Annual report on the health of the army in India
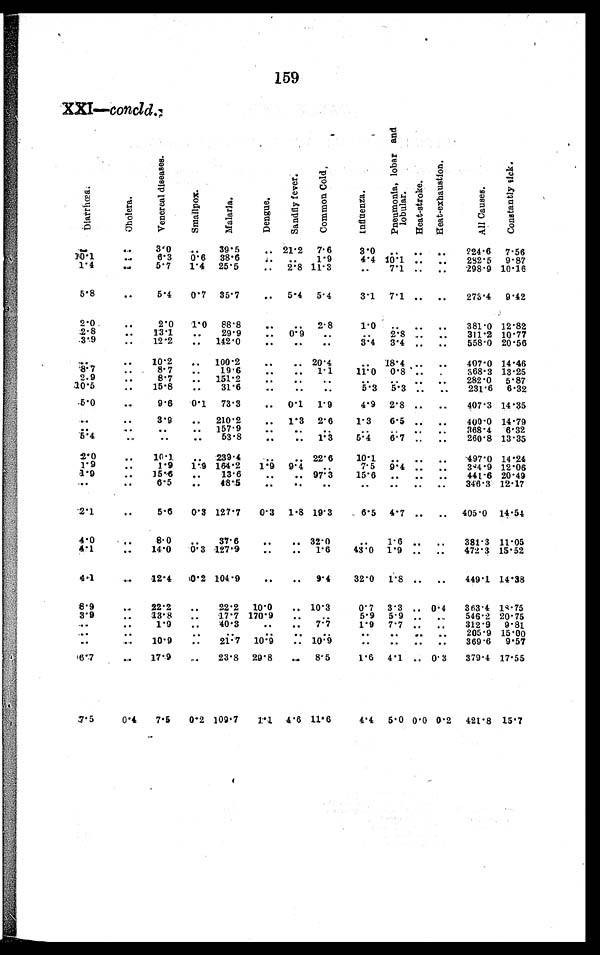
159
XXI—concld .
D i a r r h œ a .
C h o l e r a .
V e n e r e a l d i s e a s e s .
S m a l l p o x
.
M a l a r i a .
D e n g u e .
S a n d f l y f e v e r
C o m m o n C o l d .
I n f l u e n z a .
P n e u m o n i a , l o b a r a n d l o b u l a r .
Heat -st roke.
H e a t - e x - h a u s t i o n
A l l C a u s e s
.
Cons t ant l y s i ck.
. . .
3 . 0
. . .
3 9 . 5
. . .
2 1 . 2
7 . 6
3 . 0 . . . . . .
. . .
224.6 7.56
1 0 . 1
. . .
6.3
0.6 38.6
. . .
. . . 1.9
4.4 10.1 . . .
. . .
282.5 9.87
1.4
. . .
5.7
1.4 25.5
. . . 2.8 11.3
. . .
7.1 . . .
. . .
298.9 10.16
5.8
. . . 5.4
0.7 35.7
. . . 5.4 5.4
3.1 7.1 . . .
. . .
273.4 9.42
2.0
. . . 2.0
l.0 88.8
. . .
. . .
2.8
1.0
. . . . . .
. . .
381.0 12.82
2.8
. . . 13.1
. . .
29.9
. . . 0.9
. . .
. . .
2.8 . . .
. . .
311.2 10.77
3.9
. . . 12.2
. . . 142.0
. . .
. . .
. . .
3.4 3.4 . . .
. . .
558.0 20.56
. . .
. . . 10.2
. . . 100.2
. . .
. . . 20.4
. . .
18.4 . . .
. . .
407.0 14.46
8.7
. . . 8.7
. . .
19.6
. . .
. . . 1.1
11.0 0.8 . . ..
. . .
368.3 13.25
2.9
. . . 8.7
. . . 151.2
. . .
. .
.
. . .
. . .
. . .
. . .
. . .
282.0 5.87
1 0 . 5
. . . 15.8
. . .
31.6
. . .
. . .
. . .
5.3 5 . 3
. . .
. . .
231.6 6.32
5.0
. . .
9.6
0.1
73.3
. . . 0.1 1.9
4.9 2.8 . . .
. . .
407.3 14.35
. . .
. . . 3.9
. . . 210.2
. . . 1.3 2.6
1.3
6.5 . . .
. . .
400.0 14.79
. . .
. . .
. . .
. . . 157.9
. . .
. . .
. . .
. . .
. . .
. . .
. . .
368.4 6.32
5.4
. . .
. . .
. . .
53.8
. . .
. . . 1.3
5.4
6.7 . . .
. . .
260.8 13.35
2.0
. . . 10.1
. . . 239.4
. . .
. . . 22.6
10.1
. . . . . .
. . . 497.0 14.24
1.9
. . .
1.9
1.9 164.2
1.9
9 . 4
. . .
7.5 9.4 . . .
. . .
384.9 12.06
1.9
. . . 15.6
. . .
13.6
. . .
. . . 97.3
15.6
. . . . . .
. . .
441.6 20.49
. . .
. . .
6 . 5 . . .
4 8 . 5
. . .
. . .
. . .
. . .
. . . . . .
. . .
346.3 12.17
2.1
. . . 5.6
0.3 127.7
0.3 1.8 19.3
6.5 4.7 . . .
. . . 405.0 14.54
4 . 0
. . . 8.0
. . .
37.6
. . .
. . . 32.0
. . .
1.6 . . .
. . .
381.3 11.05
4.1
. . . 14.0
0.3 127.9
. . .
. . . 1.6
43.0 1.9 . . .
. . .
472.3 15.52
4.1
. . . 12.4
0.2 104.9
. . .
. . . 9.4
32.0 1.8 . . .
. . .
449.1 14.38
8.9
. . . 22.2
. . .
22.2 10.0
. . . 10.3
0.7 3.3 . . . 0.4
363.4 18.75
3.9
. . . . 13.8
. . .
17.7 170.9
. . .
. . .
5.9 5.9 . . .
. . .
546.2 20.75
. . .
. . . 1.9
. . .
40.3
. . .
. . .
7 . 7
1.9 7.7 . . .
. . .
312.9 9.81
. . .
. . .
. . .
. . .
. . .
. . .
. . .
. . .
. . . . . .
. . . 205.9 15.00
. . .
. . . . . . 10.9
. . .
21.7 10.9
. . . 10.9
. . .
. . . . . .
. . .
369.6 9.57
6 . 7
. . . 17.9
. . . 23.8 29.8
. . .
8.5
1.6 4.1 . . . 0.3
379.4 17.55
7.5
0.4
7.5
0.2 109.7
1 . 1 4.6 11.6
4.4 5.0 0.0 0.2 421.8 15.7